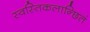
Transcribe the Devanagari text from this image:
स्वस्तिकलान्छितं